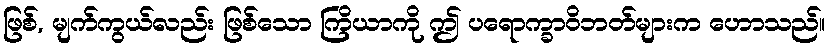
ဖြစ်, မျက်ကွယ်လည်း ဖြစ်သော ကြိယာကို ဤ ပရောက္ခာဝိဘတ်များက ဟောသည်။